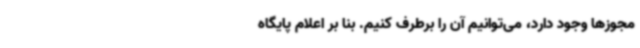
مجوزها وجود دارد، می‌توانیم آن را برطرف کنیم. بنا بر اعلام پایگاه